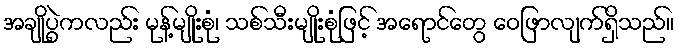
အချိုပွဲကလည်း မုန့်မျိုးစုံ၊ သစ်သီးမျိုးစုံဖြင့် အရောင်တွေ ဝေဖြာလျက်ရှိသည်။